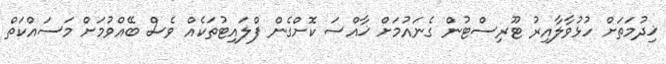
ޚިދުމަތަށް ހުޅުވާލާއިރު ޓޫރިސްޓުން ގެނައުމަށް ޚާއްސަ ކޮށްގެން ފްލައިޓުތަކެއް ވެސް ބޭއްވުމަށް މަސައްކަތް